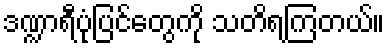
ဒဏ္ဍာရီပုံပြင်တွေကို သတိရကြတယ်။